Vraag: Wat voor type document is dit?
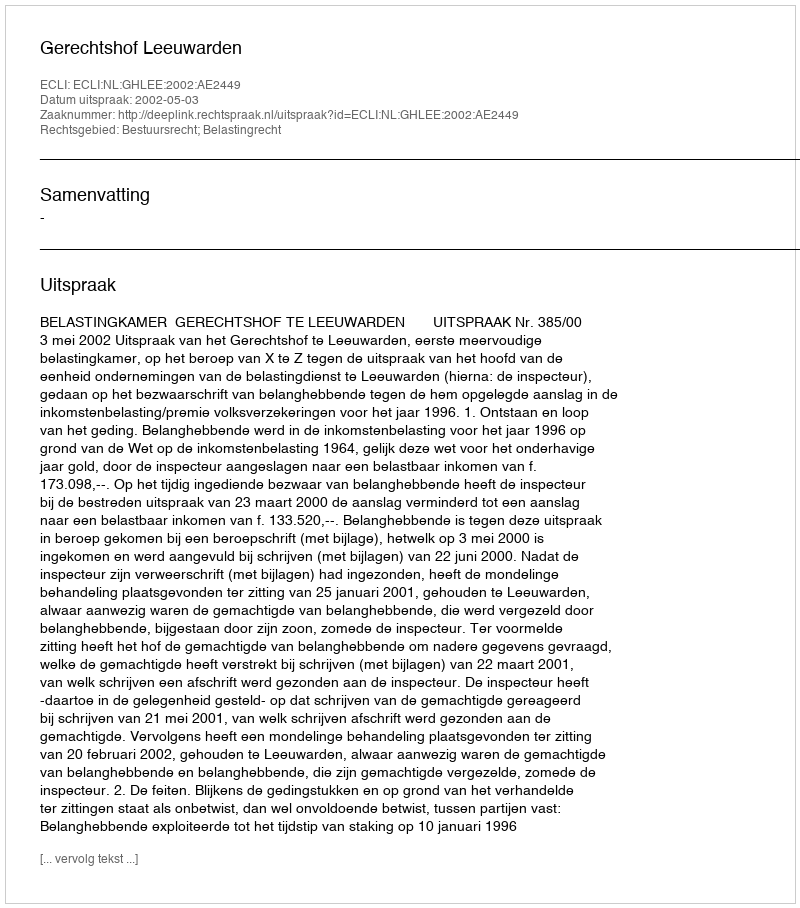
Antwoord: Uitspraak